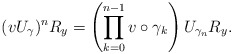
\begin{align*}(vU_\gamma)^nR_y=\left(\prod_{k=0}^{n-1}v\circ\gamma_k\right)U_{\gamma_n}R_y.\end{align*}